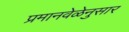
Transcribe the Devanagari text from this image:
प्रमानवेळेनुसार